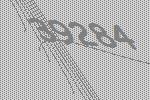
39284